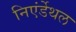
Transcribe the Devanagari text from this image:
निएंर्डेथल